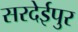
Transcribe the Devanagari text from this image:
सरदेईपुर